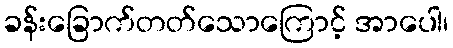
ခန်းခြောက်တတ်သောကြောင့် အာပေါ၊